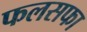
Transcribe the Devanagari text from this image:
फलसफा